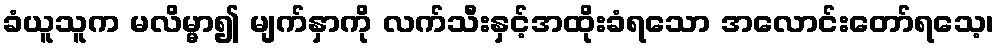
ခံယူသူက မလိမ္မာ၍ မျက်နှာကို လက်သီးနှင့်အထိုးခံရသော အလောင်းတော်ရသေ့၊